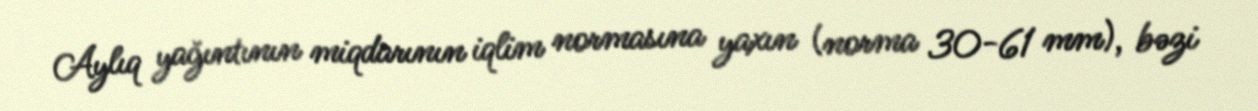
Aylıq yağıntının miqdarının iqlim normasına yaxın (norma 30-61 mm), bəzi